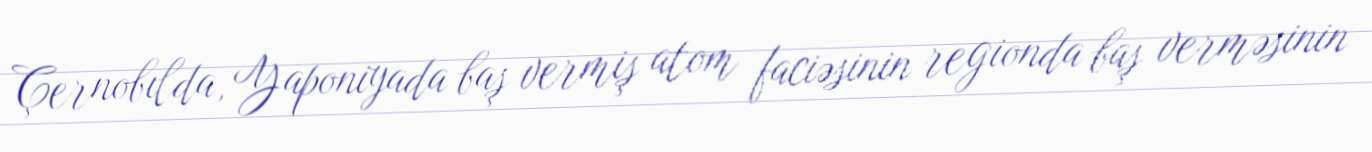
Çernobılda, Yaponiyada baş vermiş atom faciəsinin regionda baş verməsinin